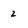
Character: 2